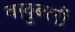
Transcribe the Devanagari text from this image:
वावुबली